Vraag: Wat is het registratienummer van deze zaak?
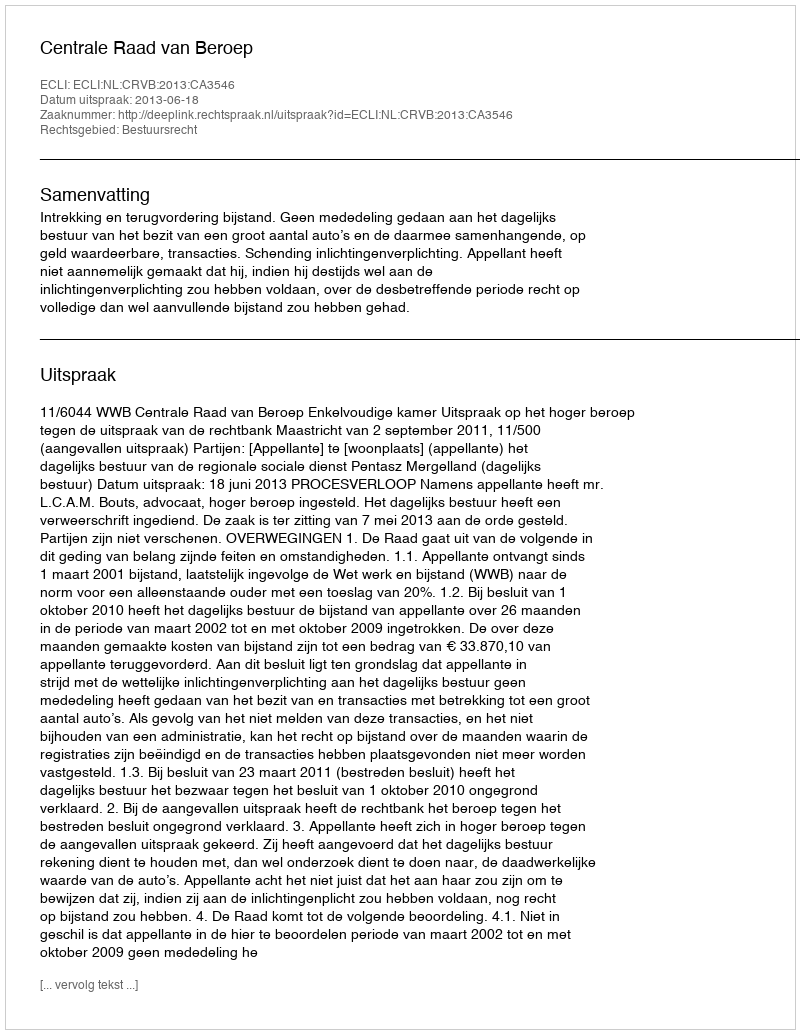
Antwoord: http://deeplink.rechtspraak.nl/uitspraak?id=ECLI:NL:CRVB:2013:CA3546